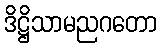
ဒိဋ္ဌိသာမညဂတော